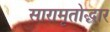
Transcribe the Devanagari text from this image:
सारामृतोद्धार